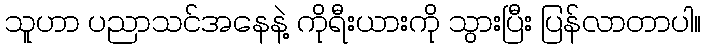
သူဟာ ပညာသင်အနေနဲ့ ကိုရီးယားကို သွားပြီး ပြန်လာတာပါ။